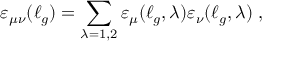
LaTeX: \varepsilon _ { \mu \nu } ( \ell _ { g } ) = \sum _ { \lambda = 1 , 2 } \varepsilon _ { \mu } ( \ell _ { g } , \lambda ) \varepsilon _ { \nu } ( \ell _ { g } , \lambda ) \; ,